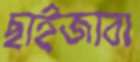
ছাইজাবা